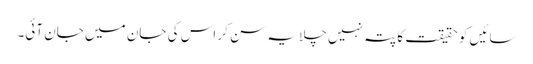
سائیں کو حقیقت کا پتہ نہیں چلا یہ سن کر اس کی جان میں جان آئی۔